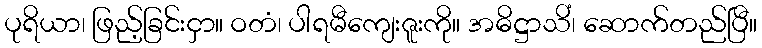
ပုရိယာ၊ ဖြည့်ခြင်းငှာ။ ဝတံ၊ ပါရမီကျေးဇူးကို။ အဓိဋ္ဌာသိံ၊ ဆောက်တည်ပြီ။